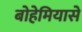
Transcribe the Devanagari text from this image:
बोहेमियासे